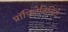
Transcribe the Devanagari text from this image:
प्रॉफिटेबिलिटी